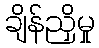
ချိန်ညှိမှု